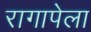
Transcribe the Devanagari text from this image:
रागापेला